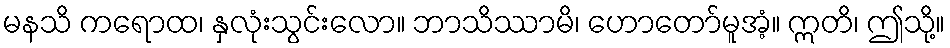
မနသိ ကရောထ၊ နှလုံးသွင်းလော။ ဘာသိဿာမိ၊ ဟောတော်မူအံ့။ ဣတိ၊ ဤသို့။